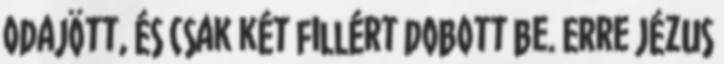
odajött, és csak két fillért dobott be. Erre Jézus